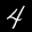
Label: 4